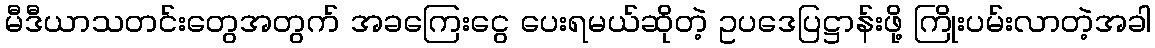
မီဒီယာသတင်းတွေအတွက် အခကြေးငွေ ပေးရမယ်ဆိုတဲ့ ဥပဒေပြဋ္ဌာန်းဖို့ ကြိုးပမ်းလာတဲ့အခါ